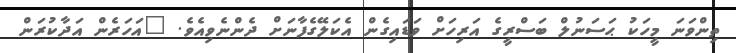
ތިންވަނަ މީހަކު ޙަސަނުލް ބަސްރީގެ އަރިހަށް ވަޑައިގެން އެކަލޭގެފާނަށް ދެންނެވިއެވެ. "އަހަރެން އަދާކުރަން